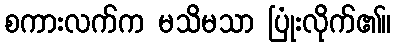
စကားလက်က မသိမသာ ပြုံးလိုက်၏။